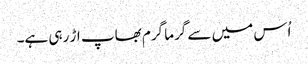
اُس میں سے گرما گرم بھاپ اڑ رہی ہے۔